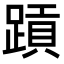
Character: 𬧄